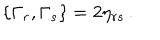
LaTeX: \{ \Gamma _ { r } , \Gamma _ { s } \} = 2 \eta _ { r s } \, .